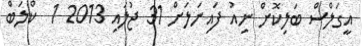
އީގަލްސް ބަލިކޮށް ނިއު ފައިނަލަށް 31 ޖުލައި 2013 1  ކްލަބް